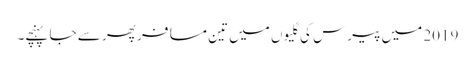
2019 میں پیرس کی گلیوں میں تین مسافر پھر سے جا پہنچے۔